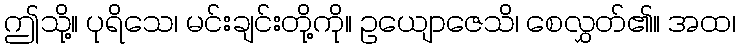
ဤသို့။ ပုရိသေ၊ မင်းချင်းတို့ကို။ ဥယျောဇေသိ၊ စေလွှတ်၏။ အထ၊